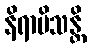
နိရာမိသန္တိ